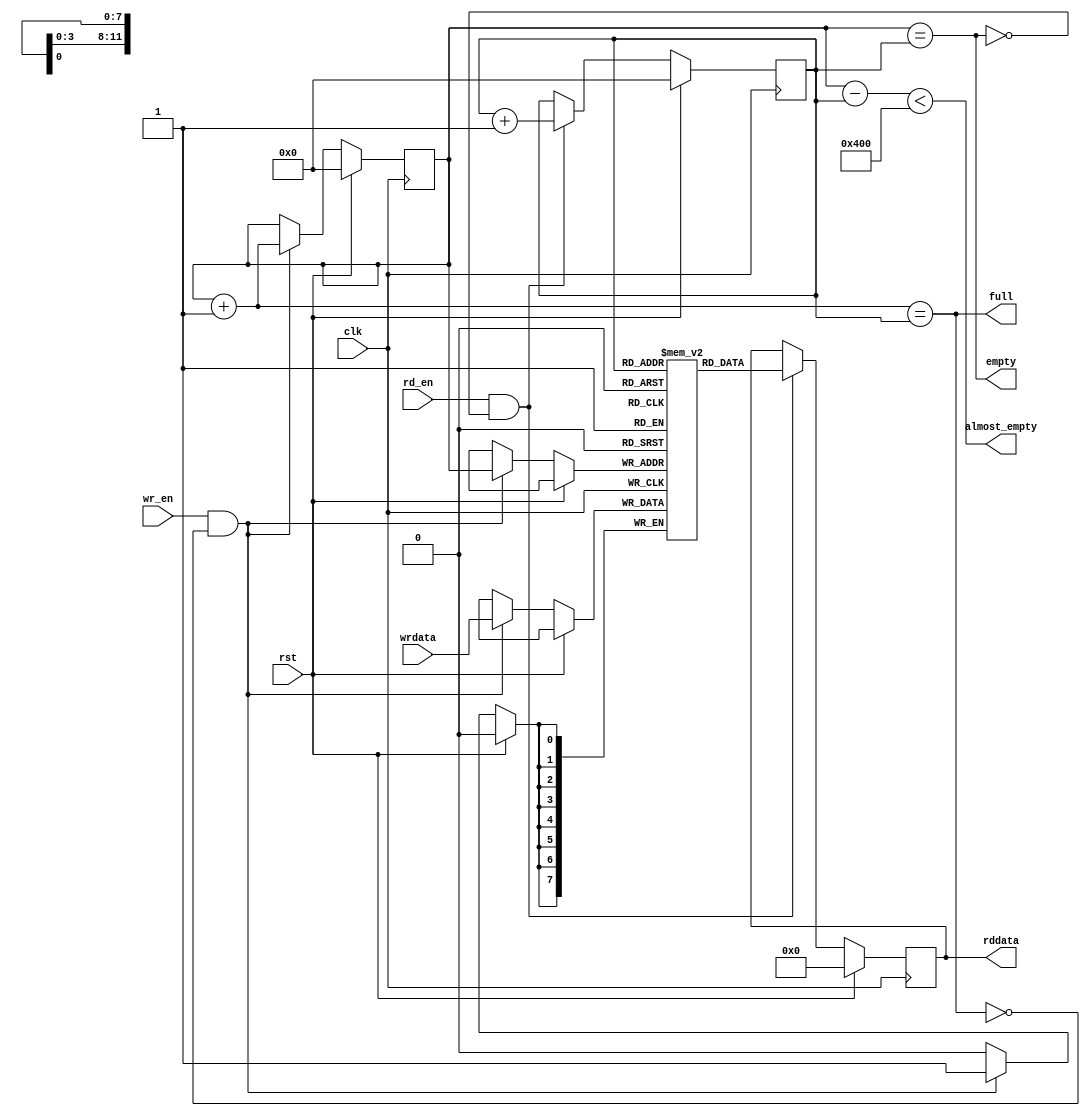
//`default_nettype none

module audio_fifo(
    input  wire       clk,
    input  wire       rst,

    input  wire [7:0] wrdata,
    input  wire       wr_en,

    output reg  [7:0] rddata,
    input  wire       rd_en,
    
    output wire       empty,
    output wire       almost_empty,
    output wire       full);

    reg [11:0] wridx_r = 0;
    reg [11:0] rdidx_r = 0;

    reg [7:0] mem_r [4095:0];

    wire [11:0] wridx_next = wridx_r + 12'd1;
    wire [11:0] rdidx_next = rdidx_r + 12'd1;
    wire [11:0] fifo_count = wridx_r - rdidx_r;

    assign empty        = (wridx_r == rdidx_r);
    assign full         = (wridx_next == rdidx_r);
    assign almost_empty = fifo_count < 12'd1024;

    always @(posedge clk) begin
        if (rst) begin
            wridx_r <= 0;
            rdidx_r <= 0;
            rddata <= 0;

        end else begin
            if (wr_en && !full) begin
                mem_r[wridx_r] <= wrdata;
                wridx_r <= wridx_next;
            end

            if (rd_en && !empty) begin
                rddata <= mem_r[rdidx_r];
                rdidx_r <= rdidx_next;
            end
        end
    end

endmodule